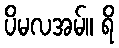
ပိမလအမ်။ ရိ